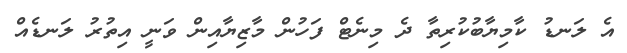
އެ ލަނޑު ކާމިޔާބުކުރިތާ ދެ މިނެޓް ފަހުން މާޒިޔާއިން ވަނީ އިތުރު ލަނޑެއް